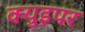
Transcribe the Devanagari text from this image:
क्युइपर